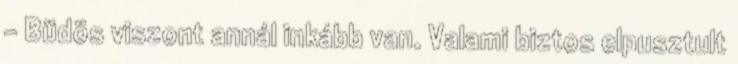
– Büdös viszont annál inkább van. Valami biztos elpusztult